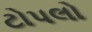
ટોપલો